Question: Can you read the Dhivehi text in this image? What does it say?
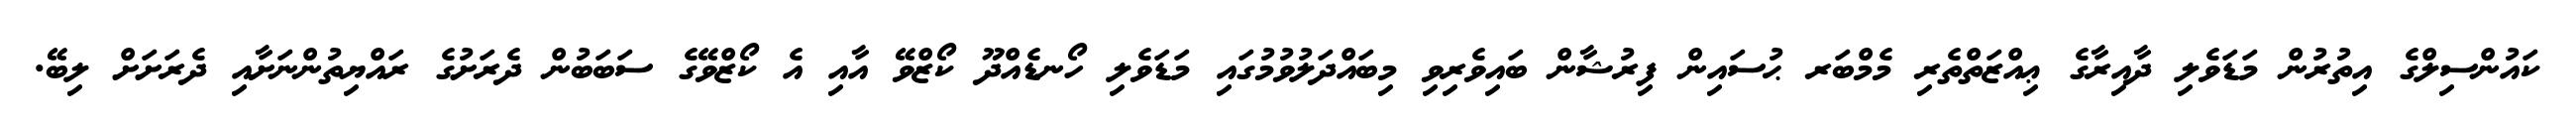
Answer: ކައުންސިލްގެ އިތުރުން މަޑަވެލި ދާއިރާގެ ޢިއްޒަތްތެރި މެމްބަރ ޙުސައިން ފިރުޝާން ބައިވެރިވި މިބައްދަލުވުމުގައި މަޑަވެލި ހޯނޑެއްދޫ ކޯޒްވޭ އާއި އެ ކޯޒްވޭގެ ސަބަބުން ދެރަށުގެ ރައްޔިތުންނަށާއި ދެރަށަށް ލިބޭ.